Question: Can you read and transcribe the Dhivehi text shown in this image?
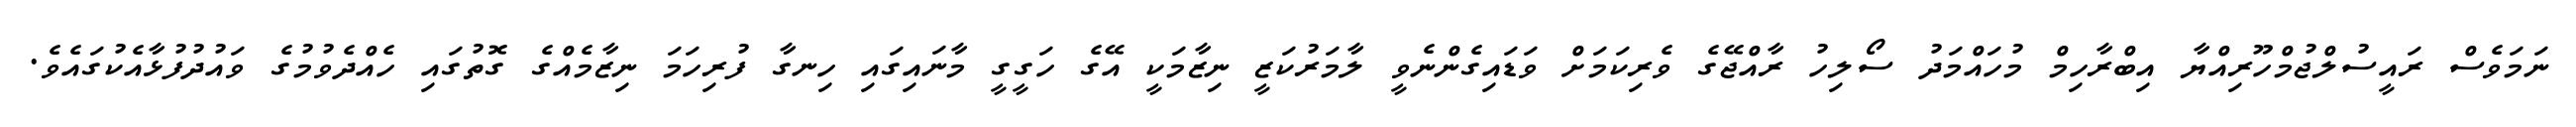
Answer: ނަމަވެސް ރައީސުލްޖުމްހޫރިއްޔާ އިބްރާހިމް މުހައްމަދު ސޯލިހު ރާއްޖޭގެ ވެރިކަމަށް ވަޑައިގެންނެވީ ލާމަރުކަޒީ ނިޒާމަކީ އޭގެ ހަގީގީ މާނައިގައި ހިނގާ ފުރިހަމަ ނިޒާމެއްގެ ގޮތުގައި ހެއްދެވުމުގެ ވައުދުފުޅާއެކުގައެވެ.